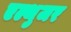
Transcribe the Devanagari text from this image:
एल्थुजर